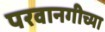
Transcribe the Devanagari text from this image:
परवानगीच्या